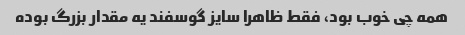
همه چی خوب بود، فقط ظاهرا سایز گوسفند یه مقدار بزرگ بوده